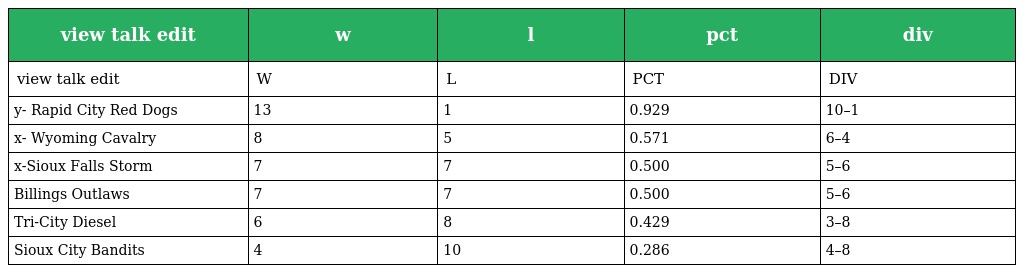
| view talk edit | w | l | pct | div |
 | --- | --- | --- | --- | --- |
 | view talk edit | W | L | PCT | DIV |
 | y- Rapid City Red Dogs | 13 | 1 | 0.929 | 10–1 |
 | x- Wyoming Cavalry | 8 | 5 | 0.571 | 6–4 |
 | x-Sioux Falls Storm | 7 | 7 | 0.500 | 5–6 |
 | Billings Outlaws | 7 | 7 | 0.500 | 5–6 |
 | Tri-City Diesel | 6 | 8 | 0.429 | 3–8 |
 | Sioux City Bandits | 4 | 10 | 0.286 | 4–8 |